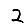
Digit: 2